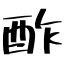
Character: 酢